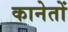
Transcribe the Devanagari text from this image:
कानेतों